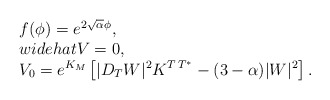
\begin{align*}\left. \begin{array}{l} f(\phi) = e^{2\sqrt\alpha\phi},\ \\widehat{V}=0,\\V_0= e^{K_M}\left[|D_TW|^2K^{T\,T^*}-(3-\alpha)|W|^2\right]. \end{array}\right.\end{align*}